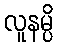
လူနမ္ပိ